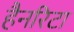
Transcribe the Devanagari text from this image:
हैनरिटा